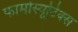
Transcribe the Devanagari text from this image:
फार्मास्यूटिक्स